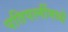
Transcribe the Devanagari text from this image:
पतिपत्‍नींमध्ये